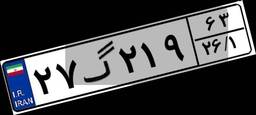
۲۷گ۲۱۹۶۳